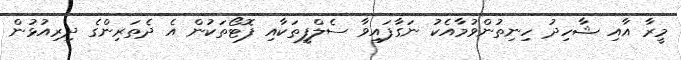
މީރާ އާއި ޝާހިދު ހިނިތުންވުމާއެކު ނަގާފައިވާ ސެލްފީތަކާއި ފޮޓޯތަކުން އެ ދެތަރިންގެ ދިރިއުޅުން